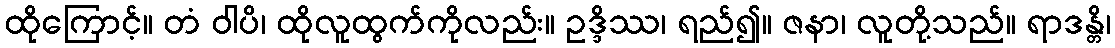
ထိုကြောင့်။ တံ ဝါပိ၊ ထိုလူထွက်ကိုလည်း။ ဥဒ္ဒိဿ၊ ရည်၍။ ဇနာ၊ လူတို့သည်။ ရာဒန္တိ၊